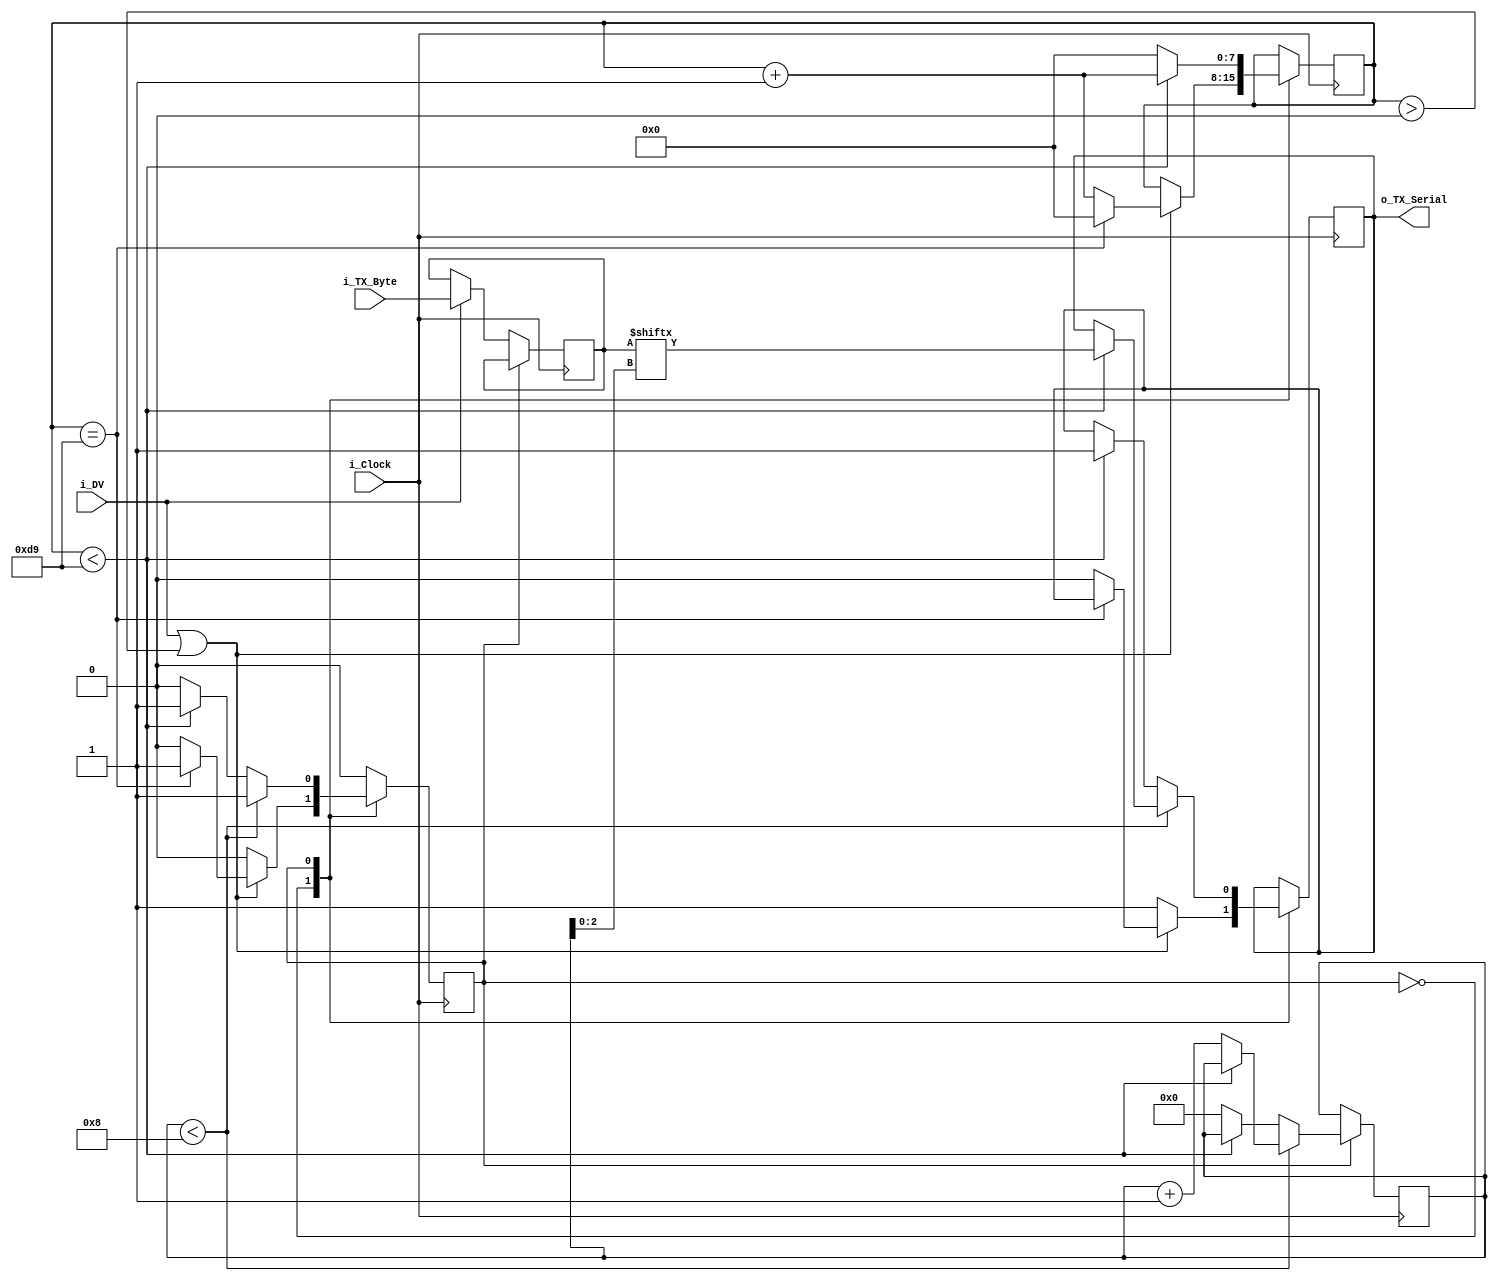
// This file contains the UART Transmitter.  This receiver is able to
// receive 8 bits of serial data, one start bit, one stop bit,
// and no parity bit.
//
// Set Parameter CLKS_PER_BIT as follows:
// CLKS_PER_BIT = (Frequency of i_Clock)/(Frequency of UART)
// Example: 25 MHz Clock, 115200 baud UART
// (25000000)/(115200) = 217

module UART_TX #(parameter CLKS_PER_BIT = 217) (
	input        i_Clock,
	input [7:0]  i_TX_Byte,
	input 		 i_DV,
	output       o_TX_Serial
);

parameter STATE_IDLE = 1'b0;
parameter STATE_SENDING = 1'b1;

reg r_SM_State = 0;
reg [7:0] r_Byte = 0;
reg [7:0] r_Clock_Count = 0;
reg [3:0] r_Bits_Count = 0;
reg r_TX_Serial = 1'b1;

always @(posedge i_Clock) begin
	case (r_SM_State)
		STATE_IDLE:
			begin
				if (i_DV)
					r_Byte <= i_TX_Byte;
				if (i_DV || r_Clock_Count > 0) begin // new byte received
					if (r_Clock_Count == CLKS_PER_BIT) begin
						r_Clock_Count <= 0;
						r_SM_State <= STATE_SENDING;
					end else begin // send START bit
						r_TX_Serial <= 1'b0;
						r_Clock_Count <= r_Clock_Count + 1;
					end
				end else
					r_TX_Serial <= 1'b1;

			end
		STATE_SENDING:
			begin
				if (r_Bits_Count < 8) begin
					if (r_Clock_Count < CLKS_PER_BIT) begin // send current bit
						r_TX_Serial <= r_Byte[r_Bits_Count[2:0]];
						r_Clock_Count <= r_Clock_Count + 1;
					end else begin // done sending current bit
						r_Bits_Count <= r_Bits_Count + 1;
						r_Clock_Count <= 0;
					end
				end else begin // done sending 8 bits, send STOP bit
					if (r_Clock_Count < CLKS_PER_BIT) begin
						r_TX_Serial <= 1'b1;
						r_Clock_Count <= r_Clock_Count + 1;
					end else begin
						r_Clock_Count <= 0;
						r_Bits_Count <= 0;
						r_SM_State <= STATE_IDLE;
					end
				end
			end

		default:
			r_SM_State <= STATE_IDLE;
	endcase // r_SM_State
end

assign o_TX_Serial = r_TX_Serial;

endmodule // UART_TX